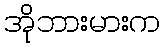
အိုဘားမားက